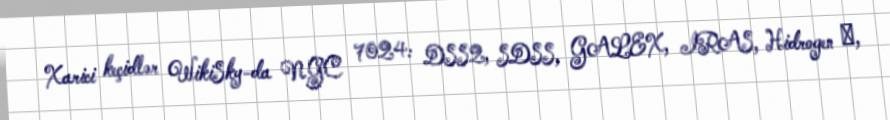
Xarici keçidlər WikiSky-da NGC 7024: DSS2, SDSS, GALEX, IRAS, Hidrogen α,